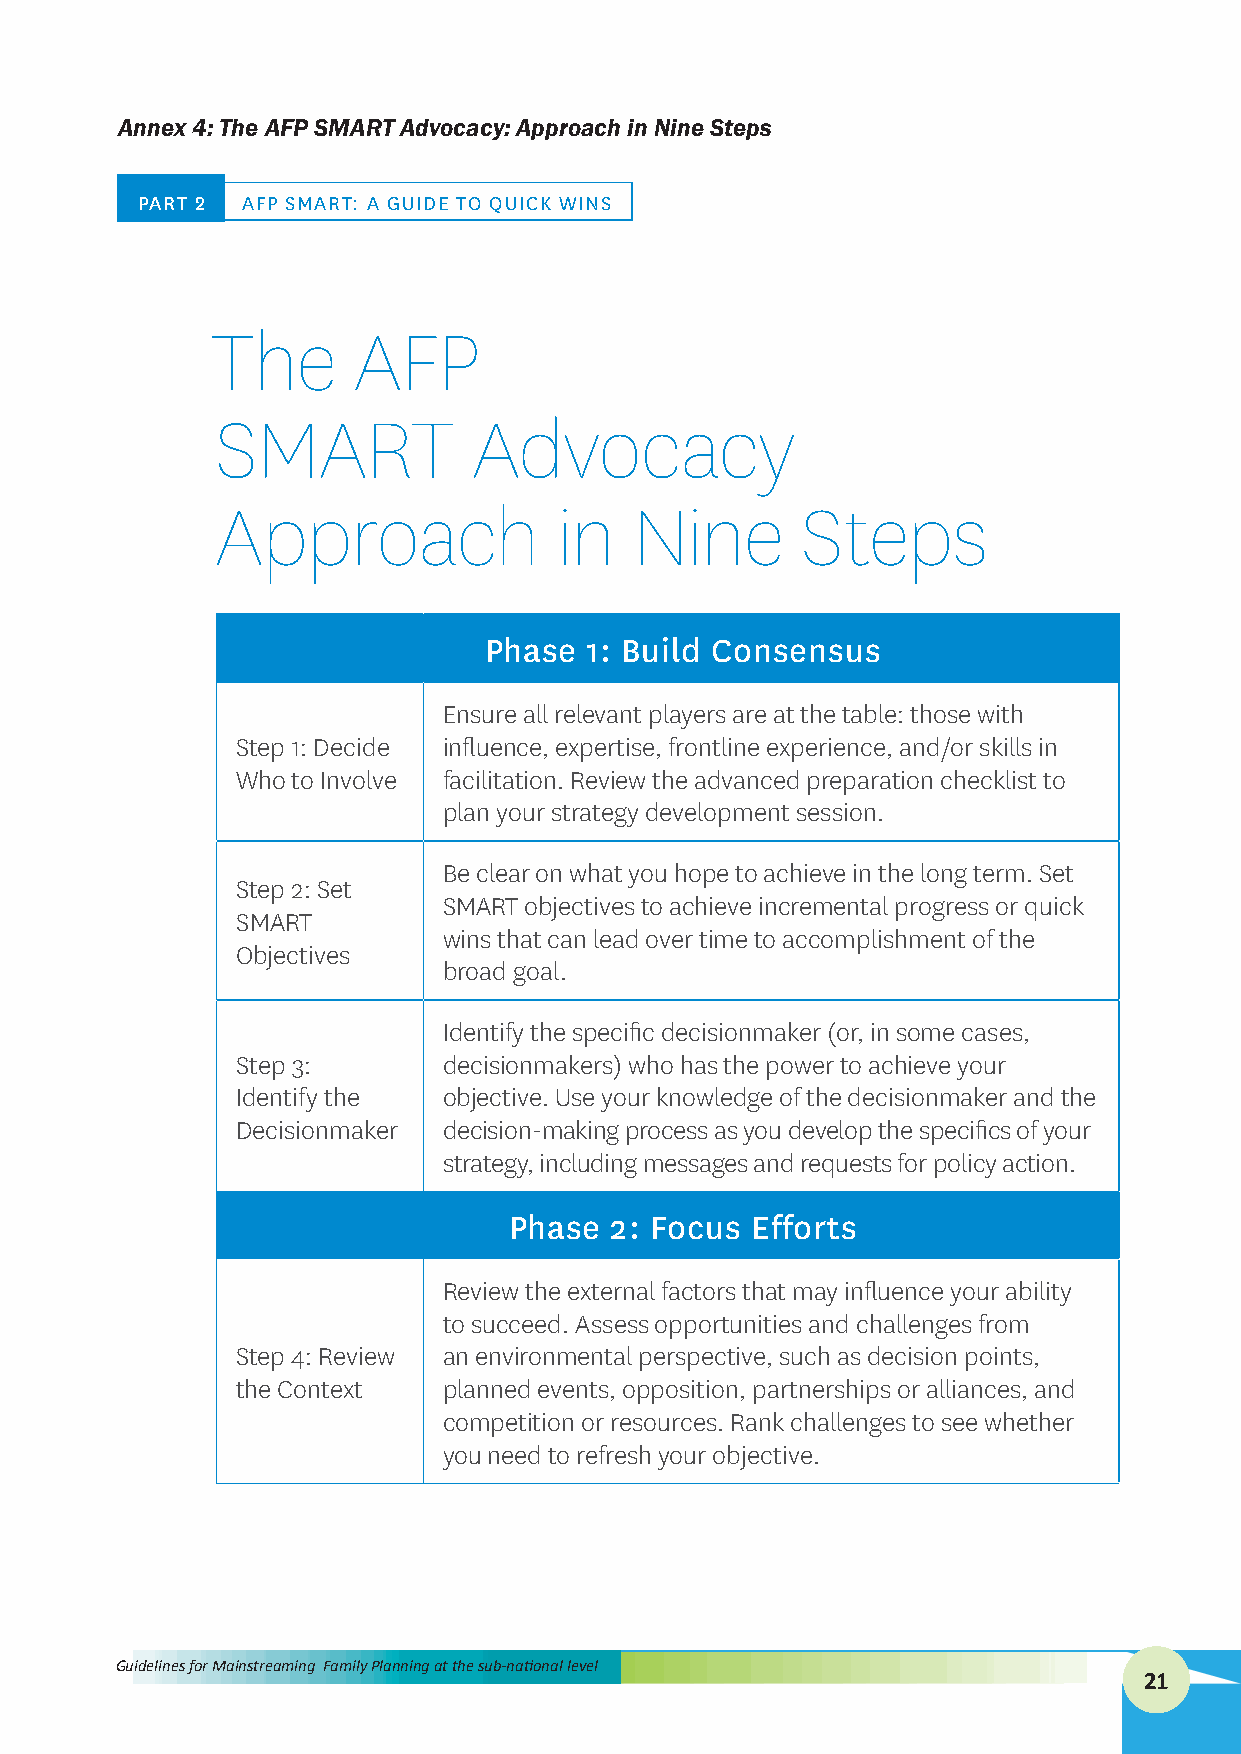
Annex 4: The AFP SMART Advocacy: Approach in Nine Steps
 PART � AFP SMART: A GUIDE TO QUICK WINS
 The      AFP
 SMART            Advocacy
 Approach               in   Nine       Steps
 Phase  1: Build Consensus
 Ensure all relevant players are at the table: those with
 Step 1: Decide influence, expertise, frontline experience, and/or skills in
 Who to Involve facilitation. Review the advanced preparation checklist to
 plan your strategy development session.
 Be clear on what you hope to achieve in the long term. Set
 Step 2: Set
 SMART objectives to achieve incremental progress or quick
 SMART
 wins that can lead over time to accomplishment of the
 Objectives
 broad goal.
 Identify the specific decisionmaker (or, in some cases,
 Step 3:      decisionmakers) who has the power to achieve your
 Identify the objective. Use your knowledge of the decisionmaker and the
 Decisionmaker decision-making process as you develop the specifics of your
 strategy, including messages and requests for policy action.
 Phase 2: Focus  Efforts
 Review the external factors that may influence your ability
 to succeed. Assess opportunities and challenges from
 Step 4: Review an environmental perspective, such as decision points,
 the Context  planned events, opposition, partnerships or alliances, and
 competition or resources. Rank challenges to see whether
 you need to refresh your objective.
 Guidelines for Mainstreaming Family Planning at the sub-national level
 21
 AFP Advocacy Portfolio                     advancefamilyplanning.org